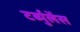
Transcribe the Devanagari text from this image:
टर्ब्युलेंस